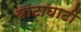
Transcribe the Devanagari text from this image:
वाटाघाटीं